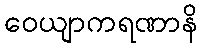
ဝေယျာကရဏာနိ